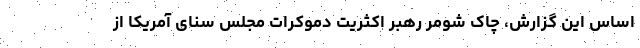
اساس این گزارش، چاک شومر رهبر اکثریت دموکرات مجلس سنای آمریکا از